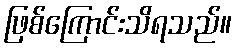
ဖြစ်ကြောင်းသိရသည်။